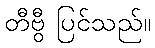
တီဗွီ ပြင်သည်။